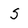
Character: s